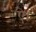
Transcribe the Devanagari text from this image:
ऐ।